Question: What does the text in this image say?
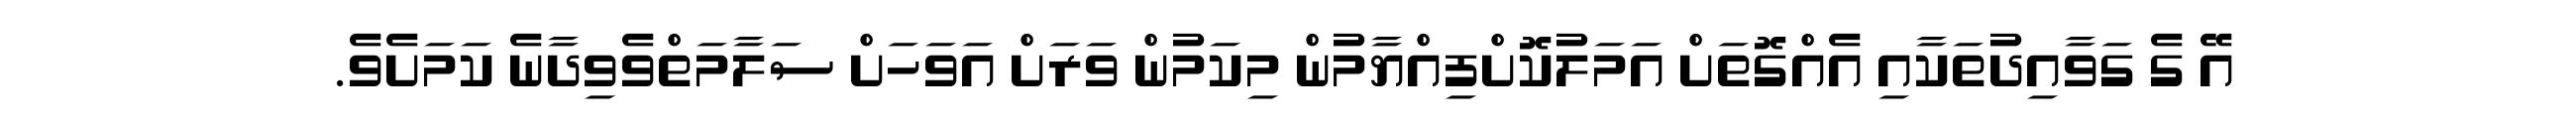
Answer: އޭ ގެ ގަވާއިދުތަކާއި އެއްގޮތަށް އަމަލުކޮށްފިއްޔާމުން މިކަމުން ވަރަށް އަވަހަށް ސަލާމަތްވެވިދާނެ ކަމަށެވެ.